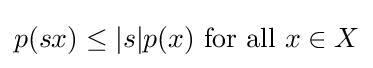
p(sx)\leq |s|p(x){\text{ for all }}x\in X